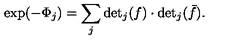
\exp ( - \Phi _ { j } ) = \sum _ { j } \mathrm { d e t } _ { j } ( f ) \cdot \mathrm { d e t } _ { j } ( \bar { f } ) .